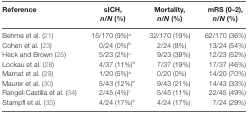
<table><thead><tr><td><b>Reference</b></td><td><b>sICH, <i>n</i>/<i>N</i> (%)</b></td><td><b>Mortality, <i>n</i>/<i>N</i> (%)</b></td><td><b>mRS (0–2), <i>n</i>/<i>N</i> (%)</b></td></tr></thead><tbody><tr><td>Behme et al. (21)</td><td>15/170 (9%)<sup>a</sup></td><td>32/170 (19%)</td><td>62/170 (36%)</td></tr><tr><td>Cohen et al. (23)</td><td>0/24 (0%)<sup>b</sup></td><td>2/24 (8%)</td><td>13/24 (54%)</td></tr><tr><td>Heck and Brown (25)</td><td>5/23 (2%)<sup>c</sup></td><td>9/23 (39%)</td><td>12/23 (52%)</td></tr><tr><td>Lockau et al. (28)</td><td>4/37 (11%)<sup>d</sup></td><td>7/37 (19%)</td><td>17/37 (46%)</td></tr><tr><td>Marnat et al. (29)</td><td>1/20 (5%)<sup>a</sup></td><td>0/20 (0%)</td><td>14/20 (70%)</td></tr><tr><td>Maurer et al. (30)</td><td>5/43 (12%)<sup>e</sup></td><td>9/43 (21%)</td><td>14/43 (33%)</td></tr><tr><td>Rangel-Castilla et al. (34)</td><td>2/45 (4%)<sup>f</sup></td><td>5/45 (11%)</td><td>22/45 (49%)</td></tr><tr><td>Stampfl et al. (35)</td><td>4/24 (17%)<sup>a</sup></td><td>4/24 (17%)</td><td>7/24 (29%)</td></tr></tbody></table>